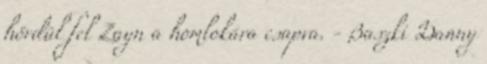
hördül fel Zayn a homlokára csapva. - Baszki Danny